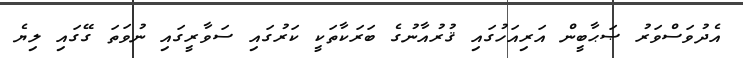
އެދުވަސްވަރު ޞަޙާބީން އަރިއަހުގައި ޤުރުއާނުގެ ބަރަކާތަކީ ކަރުގައި ސަވާރީގައި ނުވަތަ ގޭގައި ލިޔެ